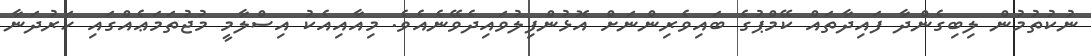
ނުކުތުމުން ލިބިގެންދާ ފައިދާތައް ކޭމްޕުގެ ބައިވެރިންނަށް އޮޅުންފިލުވައިދެވޭނެއެވެ. މިއާއިއެކު އިސްލާމީ މުޖުތަމަޢެއްގައި ހަރުދަނާ